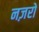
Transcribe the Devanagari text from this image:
नज़रो